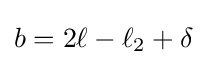
b=2\ell -\ell _{2}+\delta